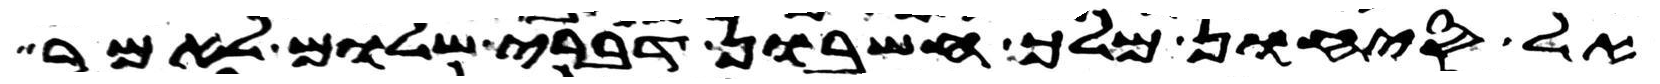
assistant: אל סיחון מלך חשבון דברי שלום לאמר